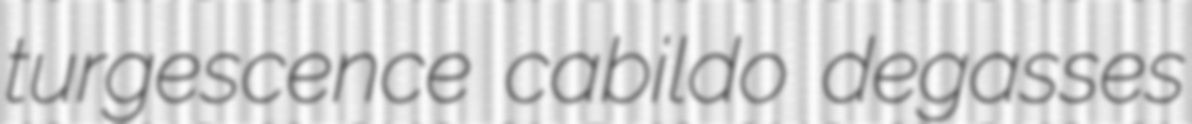
turgescence cabildo degasses